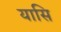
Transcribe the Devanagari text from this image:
यासि